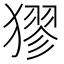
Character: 㺒